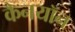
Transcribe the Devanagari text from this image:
कैनयॉन